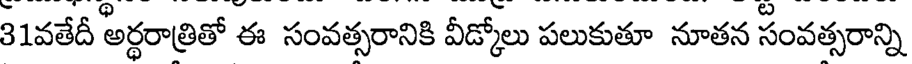
31వతేదీ అర్ధరాత్రితో ఈ సంవత్సరానికి వీడ్కోలు పలుకుతూ నూతన సంవత్సరాన్ని